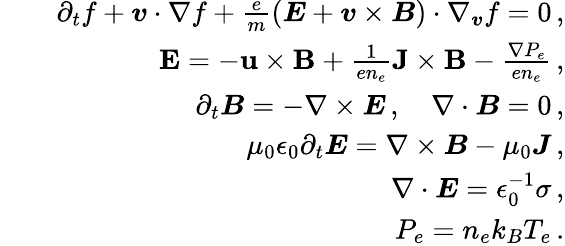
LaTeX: \begin{array}{rlr}&{}&{\partial_{t}f+\boldsymbol{v}\cdot\nabla f+\frac{e}{m}({\boldsymbol E}+\boldsymbol{v}\times{\boldsymbol B})\cdot\nabla_{\boldsymbol{v}}f=0\, ,}\\ &{}&{\textbf{E}=-\textbf{u}\times\textbf{B}+\frac{1}{en_{e}}\textbf{J}\times\textbf{B}-\frac{\nabla P_{e}}{en_{e}}\, ,}\\ &{}&{\partial_{t}{\boldsymbol B}=-\nabla\times{\boldsymbol E}\, ,\quad\nabla\cdot{\boldsymbol B}=0\, ,}\\ &{}&{\mu_{0}\epsilon_{0}\partial_{t}{\boldsymbol E}=\nabla\times{\boldsymbol B}-\mu_{0}{\boldsymbol J}\, ,}\\ &{}&{\nabla\cdot{\boldsymbol E}=\epsilon_{0}^{-1}\sigma\, ,}\\ &{}&{P_{e}=n_{e}k_{B}T_{e}\, .}\end{array}